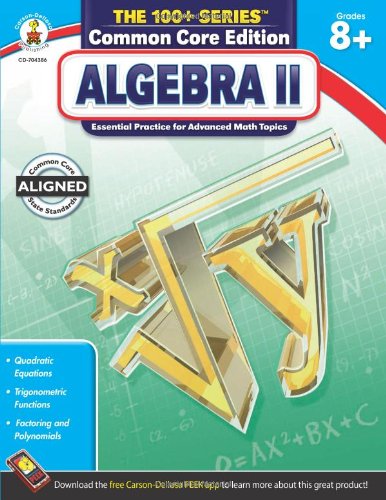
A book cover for Algebra II, Grades 8 - 10 (The 100+ Series(TM)); Teen & Young Adult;